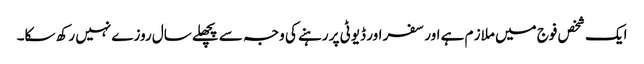
ایک شخص فوج میں ملاز م ہے اور سفر اور ڈیوٹی پر رہنے کی وجہ سے پچھلے سال روزے نہیں رکھ سکا۔